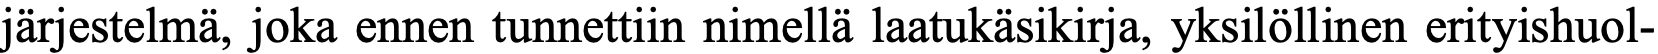
järjestelmä, joka ennen tunnettiin nimellä laatukäsikirja, yksilöllinen erityishuol-